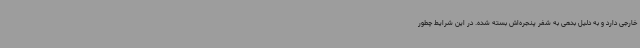
خارجی دارد و به دلیل بدهی به شفر پنجره‌اش بسته شده. در این شرایط چطور